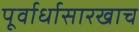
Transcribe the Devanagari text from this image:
पूर्वार्धासारखाच